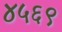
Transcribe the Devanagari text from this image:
४५६९